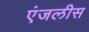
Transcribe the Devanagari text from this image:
एंजलीस